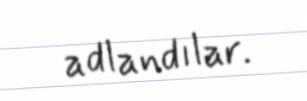
adlandılar.